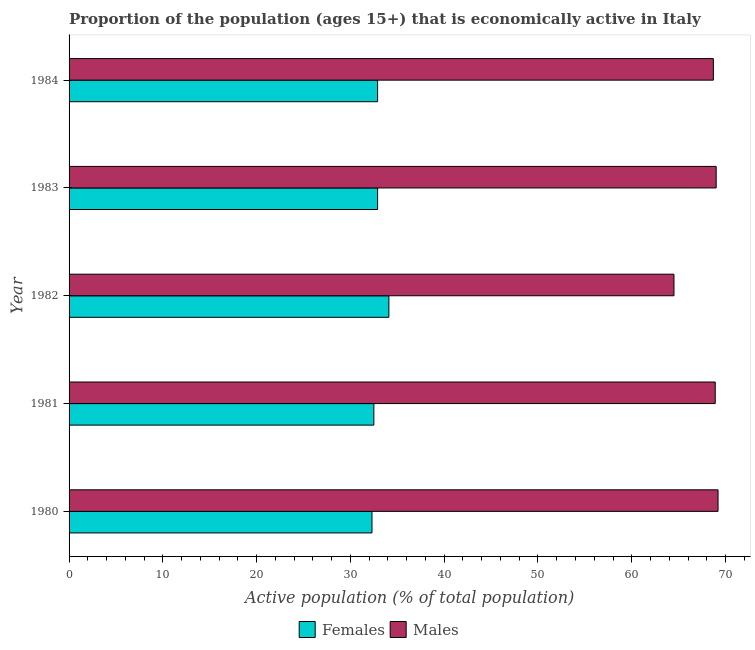
| Year | Females | Males |
 | --- | --- | --- |
 | 1980 | 32.3 | 69.2 |
 | 1981 | 32.5 | 68.9 |
 | 1982 | 34.1 | 64.5 |
 | 1983 | 32.9 | 69 |
 | 1984 | 32.9 | 68.7 |